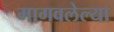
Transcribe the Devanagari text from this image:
मागवलेल्या